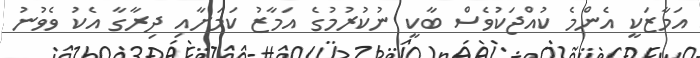
އަމާޒަކީ އެންމެ ކުއްޖަކުވެސް ބާކީ ނުކުރުމުގެ އަމާޒު ކަމަށާއި ދިރާގާ އެކު ވެވުނު